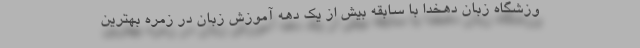
وزشگاه زبان دهخدا با سابقه بیش از یک دهه آموزش زبان در زمره بهترین